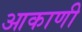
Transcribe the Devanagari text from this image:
आकाणी